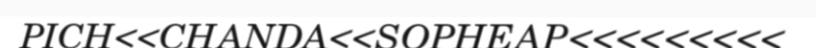
PICH<<CHANDA<<SOPHEAP<<<<<<<<<